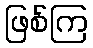
ဖြစ်ကြ